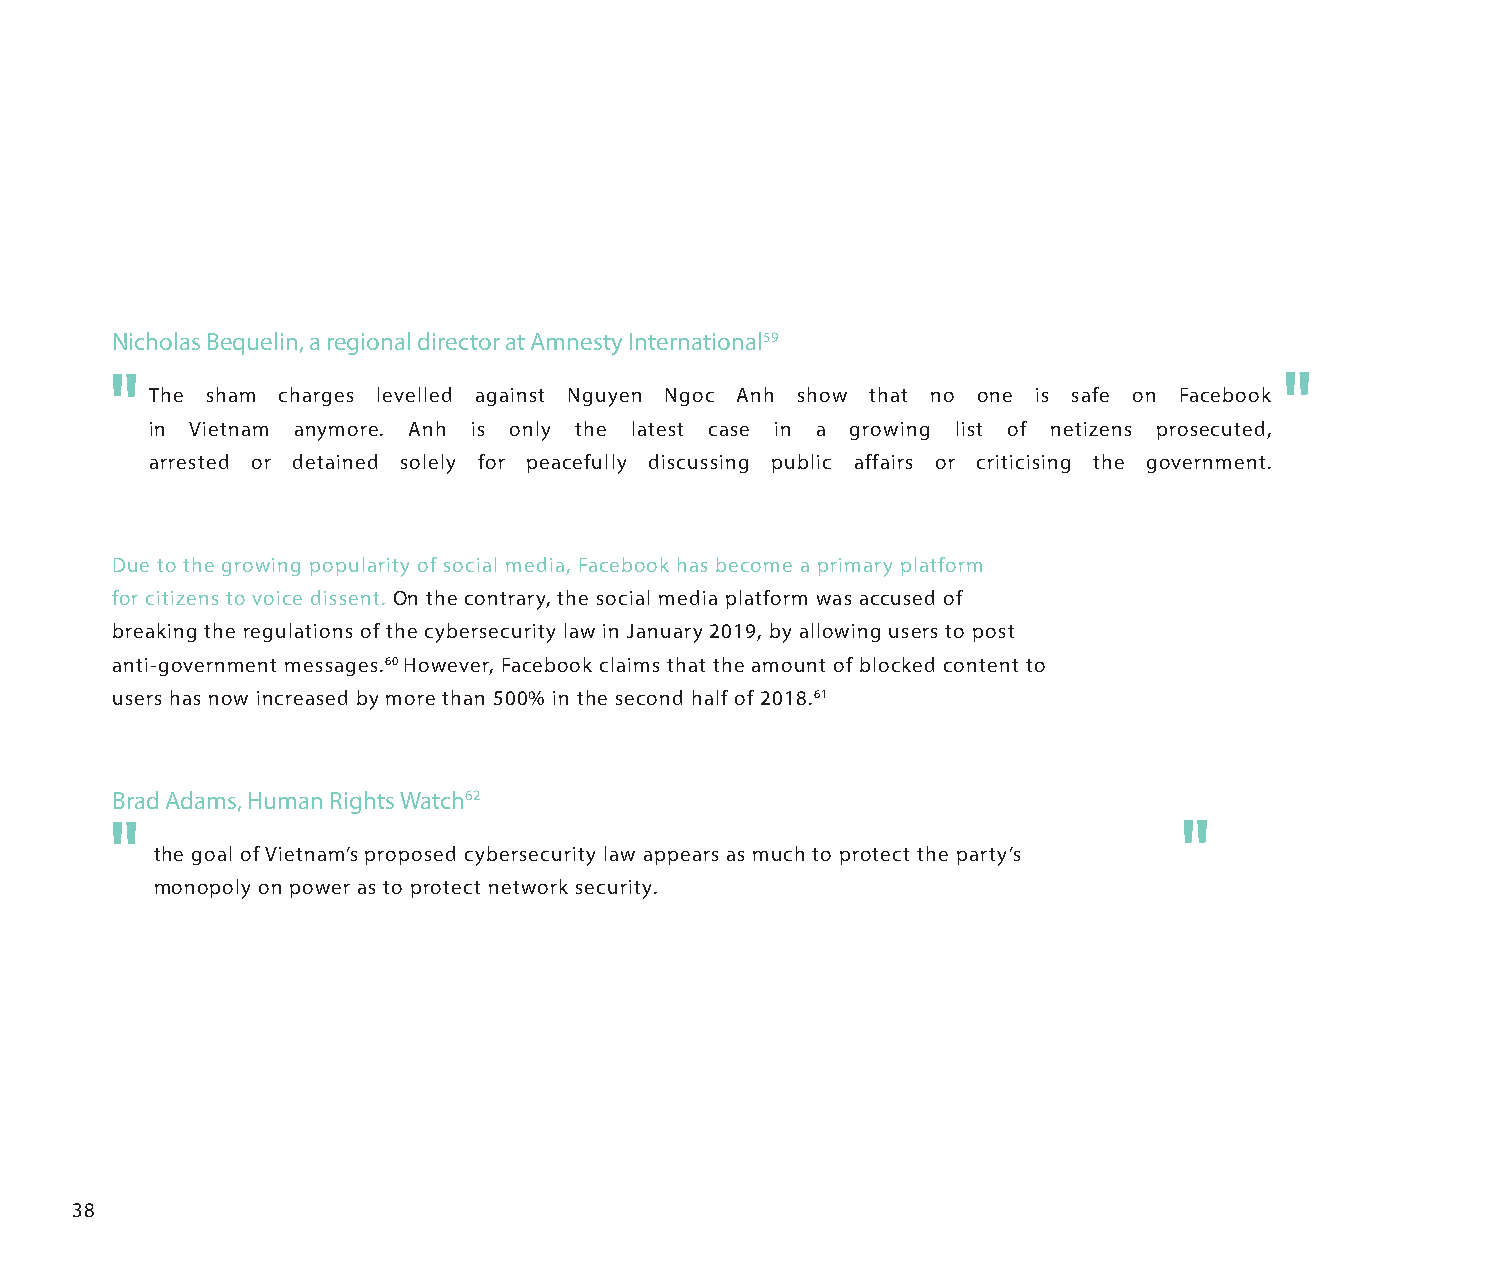
Nicholas Bequelin, a regional director at Amnesty International59
 The sham charges levelled against Nguyen Ngoc Anh show that no one is safe on Facebook
 in Vietnam anymore. Anh is only the latest case in a growing list of netizens prosecuted,
 arrested or detained solely for peacefully discussing public affairs or criticising the government.
 Due to the growing popularity of social media, Facebook has become a primary platform
 for citizens to voice dissent. On the contrary, the social media platform was accused of
 breaking the regulations of the cybersecurity law in January 2019, by allowing users to post
 anti-government messages.60 However, Facebook claims that the amount of blocked content to
 users has now increased by more than 500% in the second half of 2018.61
 Brad Adams, Human Rights Watch62
 the goal of Vietnam’s proposed cybersecurity law appears as much to protect the party’s
 monopoly on power as to protect network security.
 38